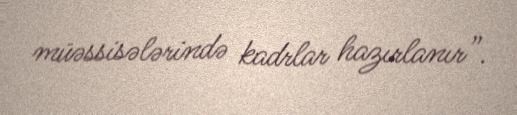
müəssisələrində kadrlar hazırlanır”.